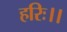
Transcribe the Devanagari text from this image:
हरिः।।